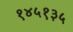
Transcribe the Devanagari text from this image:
१४५१३५